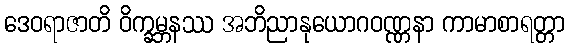
ဒေဝရာဇာတိ ဝိက္ခမ္ဘနဿ အဘိညာနုယောဂဝဏ္ဏနာ ကာမာစာရတ္တာ